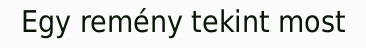
Egy remény tekint most